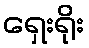
ရှေးရိုး